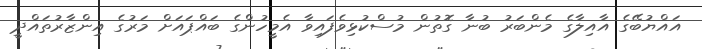
އައްޔުބޭގެ އާއިލާގެ މެންބަރު ބުނާ ގޮތުން މުސްކުޅިވެފައިވާ އެމީހުންގެ ބައްޕައަށް މަރުގެ އިންޒާރުތައްދީ